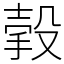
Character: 㨌